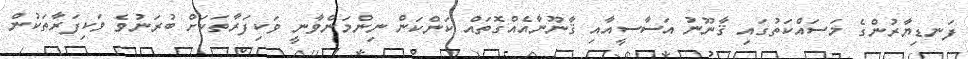
ފަނޑިޔާރުންގެ މަސައްކަތުގައި ޤާނޫނު އަސާސީއާއި ޤާނޫނާއެއްގޮތައް ކަންކަން ނިންމަންވާނީ ވަކިފަރާތަކަށް ބުރަނުވެ ވަކިފަރާތަކުން